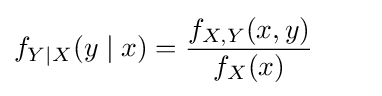
f_{Y\mid X}(y\mid x)={\frac {f_{X,Y}(x,y)}{f_{X}(x)}}\qquad